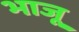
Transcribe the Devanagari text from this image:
भाजू